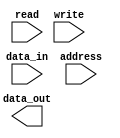
module HBM_Memory (
    input wire [31:0] data_in,
    input wire [11:0] address,
    input wire read,
    input wire write,
    output wire [31:0] data_out
);

// Memory module implementation here

endmodule